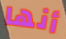
أنها